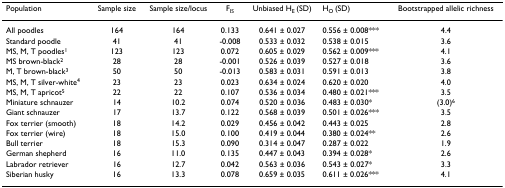
<table><thead><tr><td><b>Population</b></td><td><b>Sample size</b></td><td><b>Sample size/locus</b></td><td><b>F<sub>IS</sub></b></td><td><b>Unbiased H<sub>E </sub>(SD)</b></td><td><b>H<sub>O </sub>(SD)</b></td><td><b>Bootstrapped allelic richness</b></td></tr></thead><tbody><tr><td>All poodles</td><td>164</td><td>164</td><td>0.133</td><td>0.641 ± 0.027</td><td>0.556 ± 0.008***</td><td>4.4</td></tr><tr><td>Standard poodle</td><td>41</td><td>41</td><td>-0.008</td><td>0.533 ± 0.032</td><td>0.538 ± 0.015</td><td>3.6</td></tr><tr><td>MS, M, T poodles<sup>1</sup></td><td>123</td><td>123</td><td>0.072</td><td>0.605 ± 0.029</td><td>0.562 ± 0.009***</td><td>4.1</td></tr><tr><td>MS brown-black<sup>2</sup></td><td>28</td><td>28</td><td>-0.001</td><td>0.526 ± 0.039</td><td>0.527 ± 0.018</td><td>3.6</td></tr><tr><td>M, T brown-black<sup>3</sup></td><td>50</td><td>50</td><td>-0.013</td><td>0.583 ± 0.031</td><td>0.591 ± 0.013</td><td>3.8</td></tr><tr><td>MS, M, T silver-white<sup>4</sup></td><td>23</td><td>23</td><td>0.023</td><td>0.634 ± 0.024</td><td>0.620 ± 0.020</td><td>4.0</td></tr><tr><td>MS, M, T apricot<sup>5</sup></td><td>22</td><td>22</td><td>0.107</td><td>0.536 ± 0.034</td><td>0.480 ± 0.021***</td><td>3.5</td></tr><tr><td>Miniature schnauzer</td><td>14</td><td>10.2</td><td>0.074</td><td>0.520 ± 0.036</td><td>0.483 ± 0.030*</td><td>(3.0)<sup>6</sup></td></tr><tr><td>Giant schnauzer</td><td>17</td><td>13.7</td><td>0.122</td><td>0.568 ± 0.039</td><td>0.501 ± 0.026***</td><td>3.5</td></tr><tr><td>Fox terrier (smooth)</td><td>18</td><td>14.2</td><td>0.029</td><td>0.456 ± 0.042</td><td>0.443 ± 0.025</td><td>2.8</td></tr><tr><td>Fox terrier (wire)</td><td>18</td><td>15.0</td><td>0.100</td><td>0.419 ± 0.044</td><td>0.380 ± 0.024**</td><td>2.6</td></tr><tr><td>Bull terrier</td><td>18</td><td>15.3</td><td>0.090</td><td>0.314 ± 0.047</td><td>0.287 ± 0.022</td><td>1.9</td></tr><tr><td>German shepherd</td><td>16</td><td>11.0</td><td>0.135</td><td>0.447 ± 0.043</td><td>0.394 ± 0.028*</td><td>2.6</td></tr><tr><td>Labrador retriever</td><td>16</td><td>12.7</td><td>0.042</td><td>0.563 ± 0.036</td><td>0.543 ± 0.027*</td><td>3.3</td></tr><tr><td>Siberian husky</td><td>16</td><td>13.3</td><td>0.078</td><td>0.659 ± 0.035</td><td>0.611 ± 0.026***</td><td>4.1</td></tr></tbody></table>